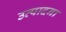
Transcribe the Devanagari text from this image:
उत्पादना